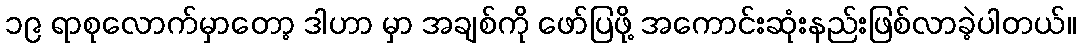
၁၉ ရာစုလောက်မှာတော့ ဒါဟာ မှာ အချစ်ကို ဖော်ပြဖို့ အကောင်းဆုံးနည်းဖြစ်လာခဲ့ပါတယ်။